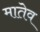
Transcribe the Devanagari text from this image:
मातेव